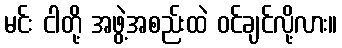
မင်း ငါတို့ အဖွဲ့အစည်းထဲ ဝင်ချင်လို့လား။